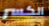
الكسر